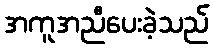
အကူအညီပေးခဲ့သည်